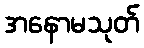
အနောမသုတ်